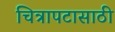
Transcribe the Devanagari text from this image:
चित्रापटासाठी